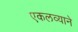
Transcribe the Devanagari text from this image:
एकलव्याने